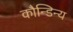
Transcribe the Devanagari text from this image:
कौन्डिन्य